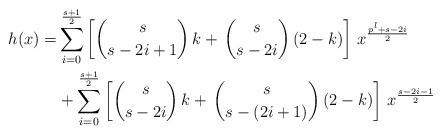
LaTeX: \begin{align*}h(x)=&\displaystyle\sum_{i=0}^{\frac{s+1}{2}}\left[\binom{s}{s-2i+1}\,k+\,\binom{s}{s-2i}\,(2-k)\right]\,x^\frac{p^l+s-2i}{2}\cr&+\displaystyle\sum_{i=0}^{\frac{s+1}{2}}\left[\binom{s}{s-2i}\,k+\,\binom{s}{s-(2i+1)}\,(2-k)\right]\,x^\frac{s-2i-1}{2}\end{align*}